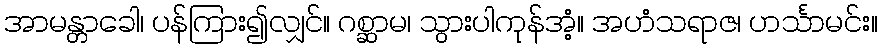
အာမန္တာခေါ၊ ပန်ကြား၍လျှင်။ ဂစ္ဆာမ၊ သွားပါကုန်အံ့။ အဟံသရာဇ၊ ဟင်္သာမင်း။